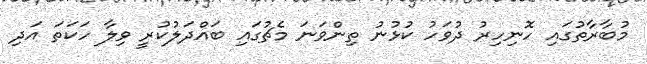
މުބާރާތުގައި ހޮނިހިރު ދުވަހު ކުޅުނު ތިންވަނަ މެޗުގައި ބައްދަލުކުރީ ވިލާ ހަކަތަ އަދި